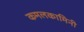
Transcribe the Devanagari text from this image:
कमलकामिनी